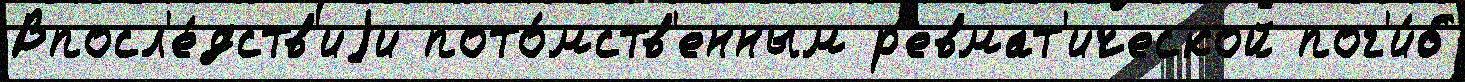
Впосл'е́дств'иjи пото́мств'енным р'евмат'ической пог'и́б